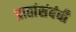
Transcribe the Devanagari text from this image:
प्रातांसंबंधी